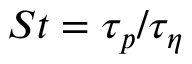
S t = \tau _ { p } / \tau _ { \eta }